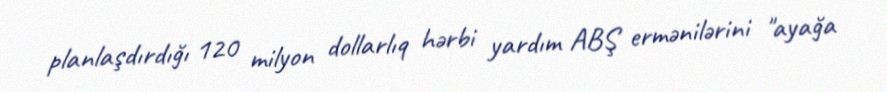
planlaşdırdığı 120 milyon dollarlıq hərbi yardım ABŞ ermənilərini "ayağa